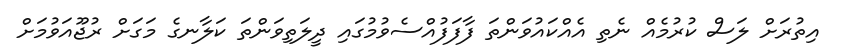
އިތުރަށް ލަސް ކުރުމެއް ނެތި އެއްކައުވަންތަ ފާފަފުއްސެވުމުގައި ދީލަތިވަންތަ ކަލާނގެ މަގަށް ރުޖޫއަވުމަށް